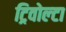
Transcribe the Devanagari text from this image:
ट्रिवोल्‍टा